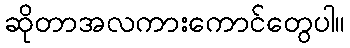
ဆိုတာအလကားကောင်တွေပါ။